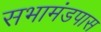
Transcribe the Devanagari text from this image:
सभामंडपास